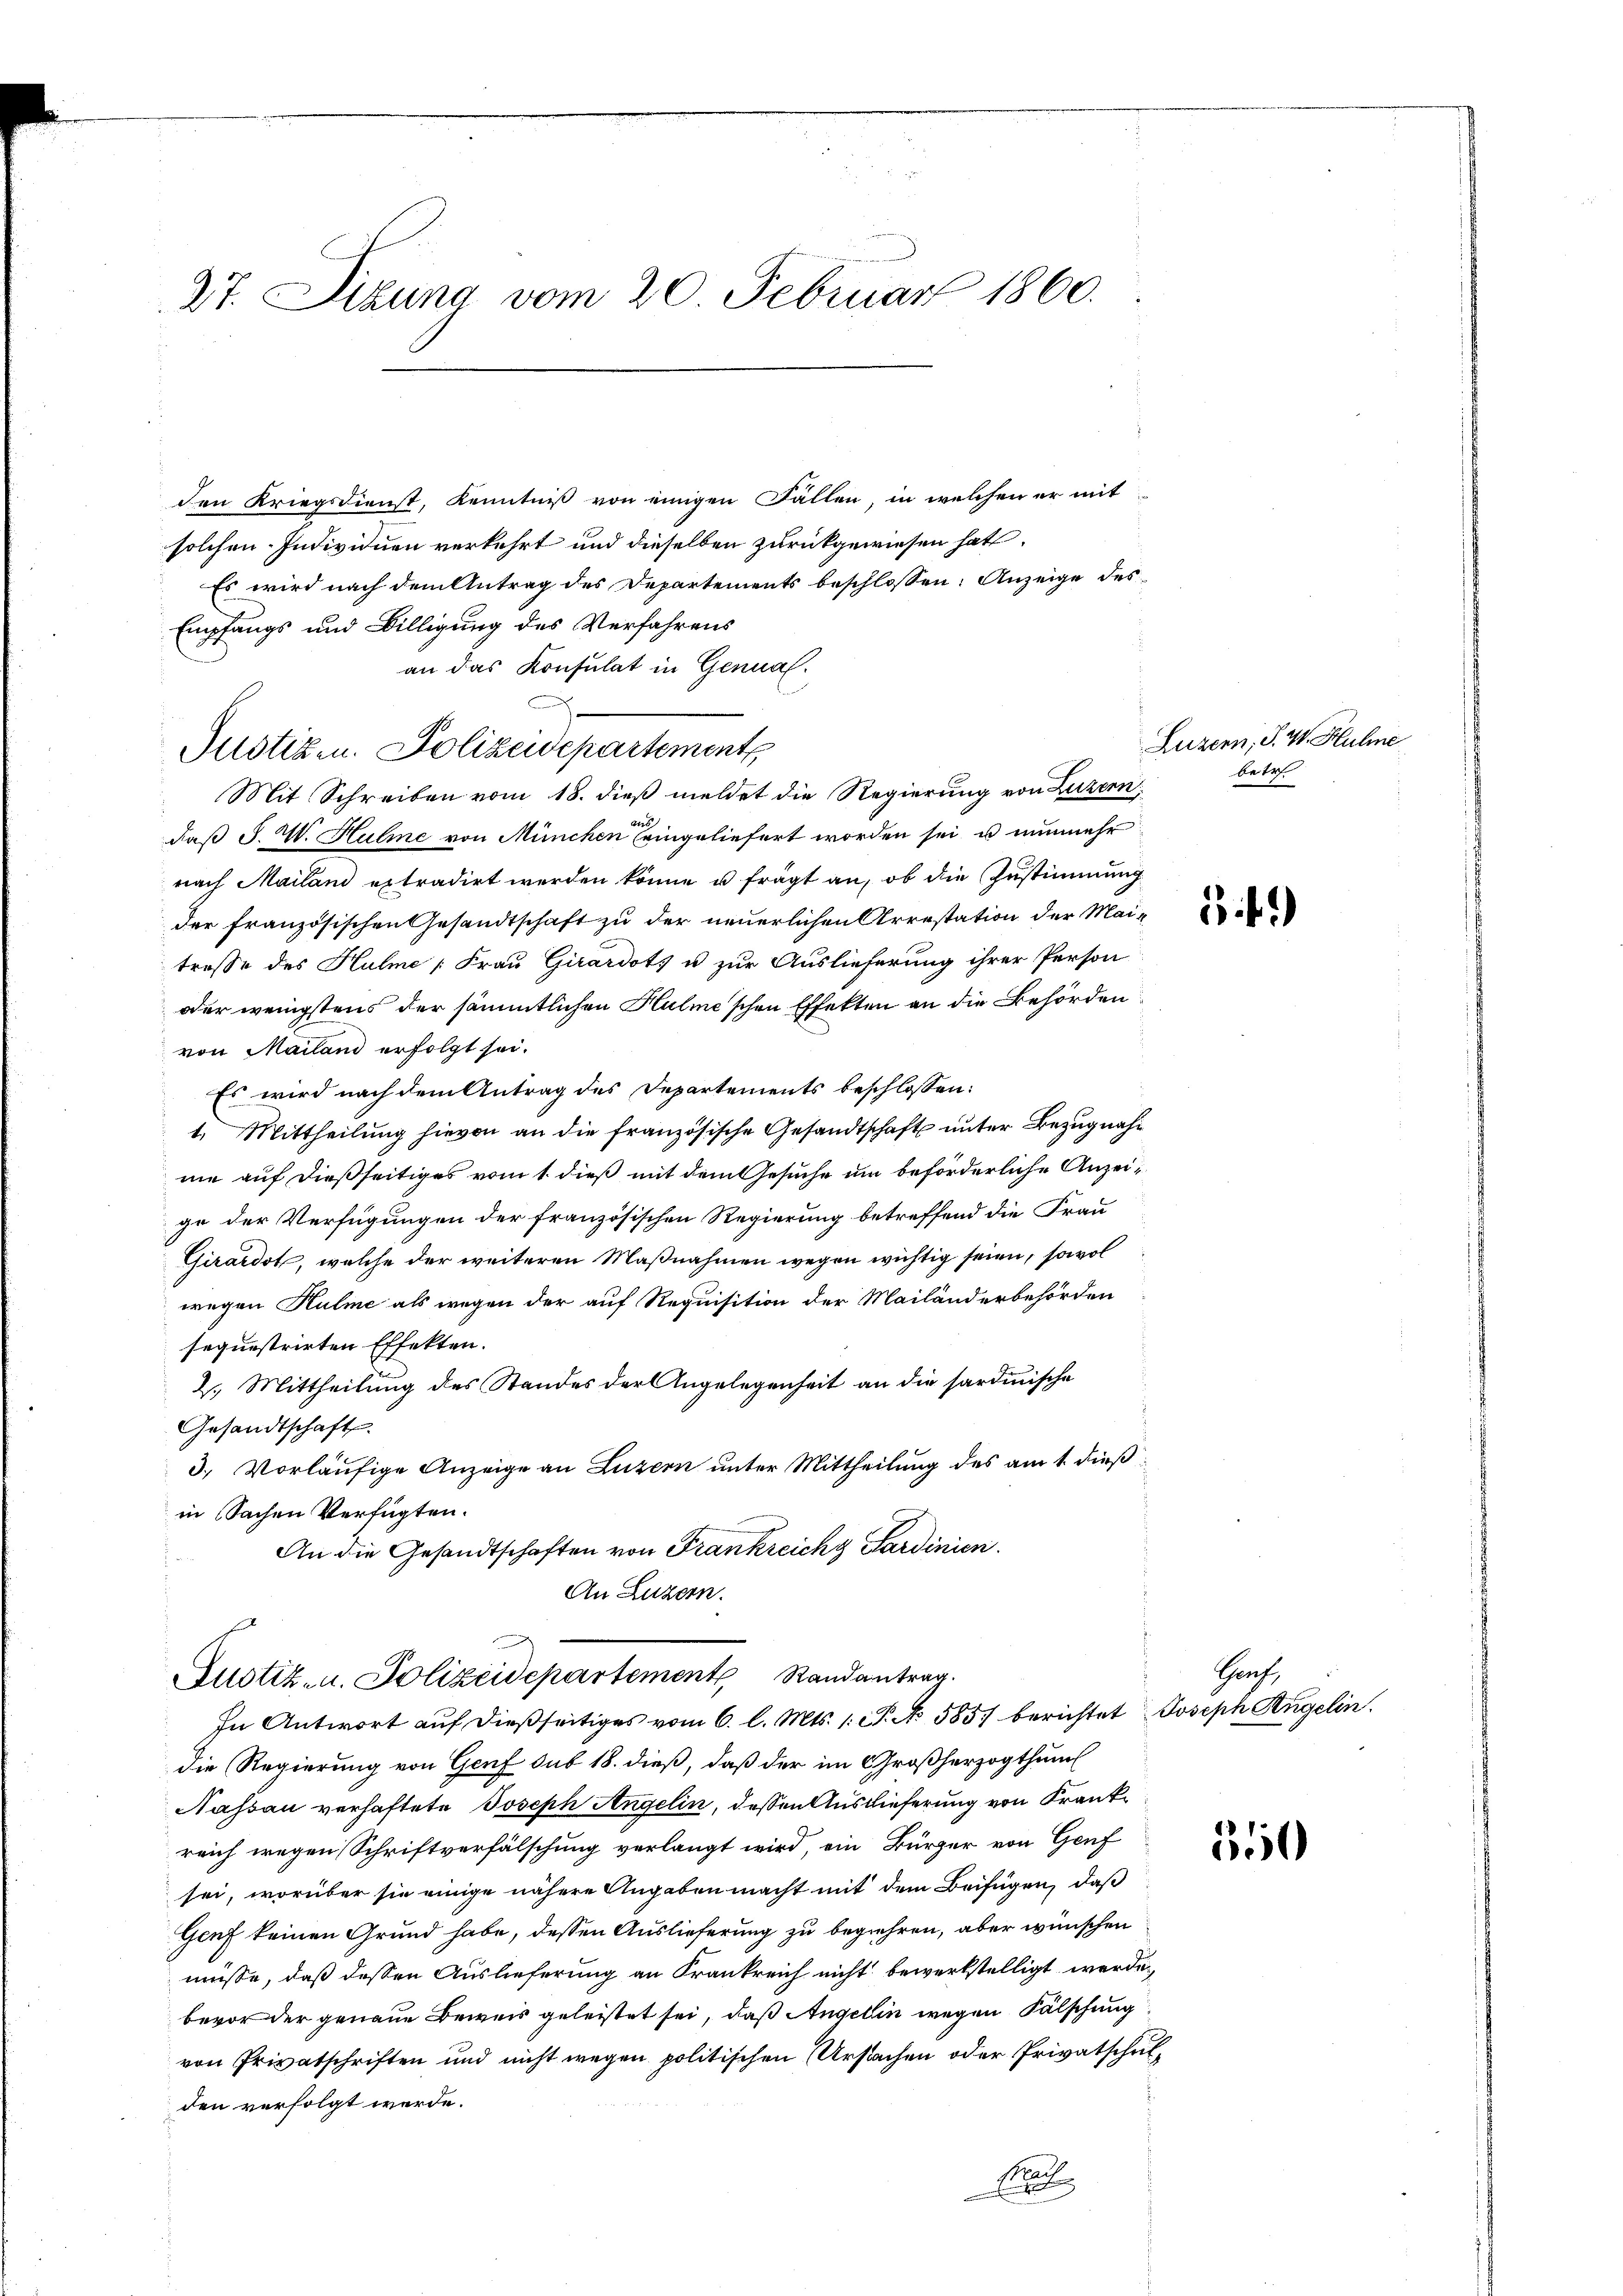
37. Sitzung vom 20. Februar 1860.

den Kriegsdienst, Kenntniß von einigen Fällen, in welchen er mit
solchen Individuen verkehrt und dieselben zurückgewiesen hat,
Es wird nach dem Antrag des Departements beschlossen: Anzeige des¬
Empfangs und Billigung des Verfahrens
an das Konsulat in Genuald
Mit Schreiben vom 18. dieß meldet die Regierung von Luzern,
des
daß F. W. Hulme von München eingeliefert worden sei, u nunmehr
nach Mailand extradirt werden könne u. frägt an, ob die Zustimmung
der französischen Gesandtschaft zu der neuerlichen Arrestation der Meitreffe des Hulme Frau Girardots u zur Auslieferung ihrer Person
oder wenigstens der sämmtlichen Hulme’schen Effekten an die Behörden
von Mailand erfolgt sei.
Es wird nach dem Antrag des Departements beschlossen:
1. Mittheilung hievon an die französische Gesandtschaft unter Bezugnahne auf dießseitiges vom 1. dieß mit dem Gesuche um beförderliche Anzeige der Verfügungen der französischen Regierung betreffend die Frau
Girardot, welche der weiteren Maßnahmen wegen wichtig seien, sowol
wegen Hulme als wegen der auf Requisition der Mailanderbehörden
sequestrirten Effekten.
2. Mittheilung des Standes der Angelegenheit an die sardinische
Gesandtschaft
3. Vorläufige Anzeige an Luzern unter Mittheilung des am 1. dieß
in Sachen Verfügten.
An die Gesandtschaften von Frankreich Sardinien.

Justizen. Polizeidepartements

An Luzern.
Justiz- u. Polizeidepartement Randantrag.
In Antwort auf dießseitiges vom 6. l. Mts. 1. P. No 585. berichtet Joseph Angelin.

die Regierung von Genf sub 18. dieß, daß der im Großherzogthum
Nassau verhaftete Joseph Angelin, deßen Auslieferung von Krank
reich wegen Schriftverfälschung verlangt wird, ein Bürger von Genf
sei, worüber sie einige nähere Angaben macht mit dem Beifügen, daß
Genf keinen Grund habe, dessen Auslieferung zu begehren, aber wünschen
müsse, daß dessen Auslieferung an Frankreich nicht bewerkstelligt werde,
bevor der genaue Beweis geleistet sei, daß Angelin wegen Fälschung
von Privatschriften und nicht wegen politischen Ursachen oder Privatschulden verfolgt werde.
Kau
dischen

Luzern, S. VI. Hulme
betr.

54)

Grah

550